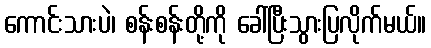
ကောင်းသားပဲ၊ စန်းစန်းတို့ကို ခေါ်ပြီးသွားပြလိုက်မယ်။